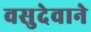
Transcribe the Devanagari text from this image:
वसुदेवाने